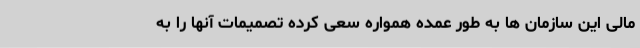
مالی این سازمان ها به طور عمده همواره سعی کرده تصمیمات آنها را به